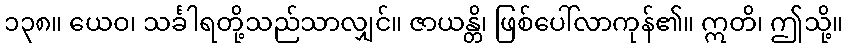
၁၃၈။ ယေဝ၊ သင်္ခါရတို့သည်သာလျှင်။ ဇာယန္တိ၊ ဖြစ်ပေါ်လာကုန်၏။ ဣတိ၊ ဤသို့။